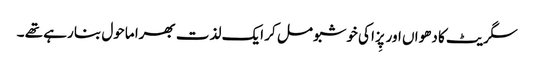
سگریٹ کا دھواں اور پِزا کی خوشبو مل کر ایک لذت بھرا ماحول بنا رہے تھے ۔